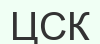
ЦСК